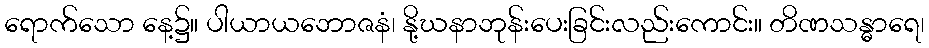
ရောက်သော နေ့၌။ ပါယာယဘောဇနံ၊ နို့ဃနာဘုန်းပေးခြင်းလည်းကောင်း။ တိဏသန္ဓာရေ၊